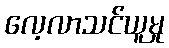
လေ့လာသင်ယူမှု